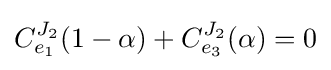
C_{e_{1}}^{J_{2}}(1-\alpha )+C_{e_{3}}^{J_{2}}(\alpha )=0